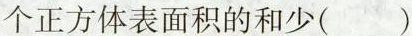
个正方体表面积的和少()